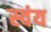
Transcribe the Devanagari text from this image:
स्‍वंय